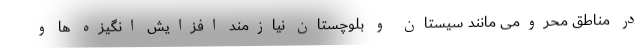
در مناطق محرومی مانند سیستان و بلوچستان نیازمند افزایش انگیزه ها و